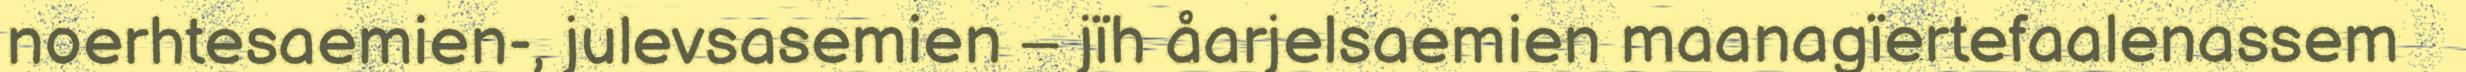
noerhtesaemien-, julevsasemien – jïh åarjelsaemien maanagïertefaalenassem